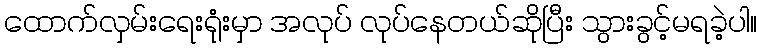
ထောက်လှမ်းရေးရုံးမှာ အလုပ် လုပ်နေတယ်ဆိုပြီး သွားခွင့်မရခဲ့ပါ။